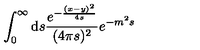
\int _ { 0 } ^ { \infty } \mathrm { d } s \frac { e ^ { - \frac { ( x - y ) ^ { 2 } } { 4 s } } } { ( 4 \pi s ) ^ { 2 } } e ^ { - m ^ { 2 } s }